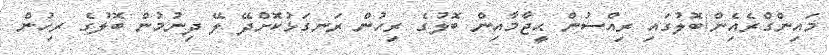
މައިންގްރެއެިން/ބޮލުގައި ރިއްސުން ޙީޖާމާއިން ބޮލުގެ ރިހުން ރަނގަޅުކޮށްދޭ ލޭ ދިނުމުން ބޮލުގެ ރިހުން